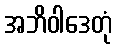
အဘိဝါဒေတုံ